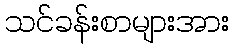
သင်ခန်းစာများအား